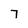
Character: 7